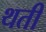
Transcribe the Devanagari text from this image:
थती